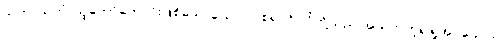
သုဘာသုဘံ၊ သူတော်ကောင်းဖြစ်သောယောဂါဝစရပုဂ္ဂိုလ်တို့သည် အသုဘဟူ၍ရှုအပ်သော။